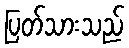
ပြတ်သားသည်